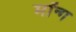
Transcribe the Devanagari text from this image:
मॉन्ग